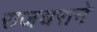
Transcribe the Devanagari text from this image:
राजधराने